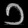
Digit: ၁